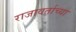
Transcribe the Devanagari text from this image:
राजावर्ताच्या